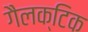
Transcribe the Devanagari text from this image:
गैलक्टिक